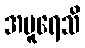
အပူရေသိ